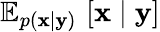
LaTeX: \mathbb{E}_{p(\mathbf{x}\mid\mathbf{y})}\, \left[\mathbf{x}\mid\mathbf{y}\right]